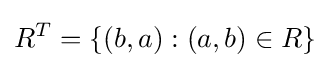
R^{T}=\{(b,a):(a,b)\in R\}